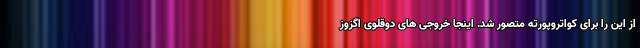
از این را برای کواتروپورته متصور شد. اینجا خروجی های دوقلوی اگزوز